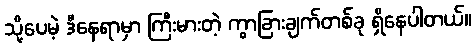
သို့ပေမဲ့ ဒီနေရာမှာ ကြီးမားတဲ့ ကွာခြားချက်တစ်ခု ရှိနေပါတယ်။